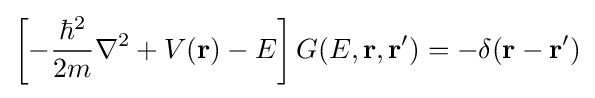
\left[{-{\frac {\hbar ^{2}}{2m}}{\nabla ^{2}}+V({\bf {r}})-E}\right]G(E,{\bf {r}},{\bf {r'}})=-\delta ({\bf {r}}-{\bf {r'}})